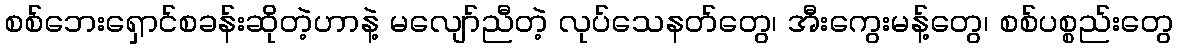
စစ်ဘေးရှောင်စခန်းဆိုတဲ့ဟာနဲ့ မလျော်ညီတဲ့ လုပ်သေနတ်တွေ၊ အီးကွေးမန့်တွေ၊ စစ်ပစ္စည်းတွေ